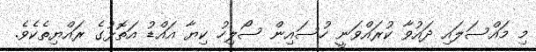
މި މައްސަލައި ދައުވާ ކުރައްވަނީ ހުސައިން ސޯލިހު ކިޔާ އައްޑު އަތޮޅުގެ ރައްޔިތެކެވެ.